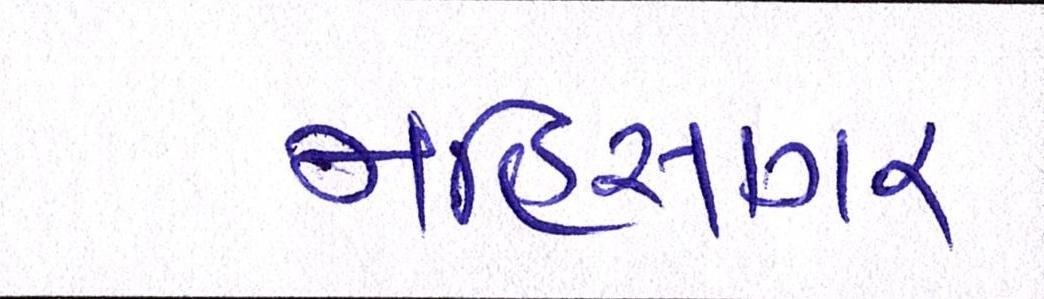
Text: મહિસાગર